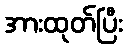
အားထုတ်ပြီး